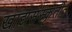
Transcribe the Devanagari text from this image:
खाद्यसंस्कृतीत